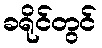
ခရိုင်တွင်